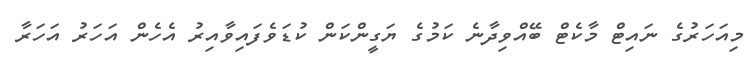
މިއަހަރުގެ ނައިޓް މާކެޓް ބޭއްވިދާނެ ކަމުގެ ޔަގީންކަން ކުޑަވެފައިވާއިރު އެހެން އަހަރު އަހަރާ